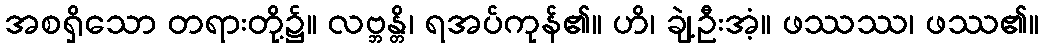
အစရှိသော တရားတို့၌။ လဗ္ဘန္တိ၊ ရအပ်ကုန်၏။ ဟိ၊ ချဲ့ဦးအံ့။ ဖဿဿ၊ ဖဿ၏။